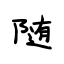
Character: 随